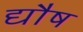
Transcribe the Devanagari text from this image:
द्यौष